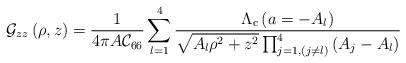
LaTeX: \begin{align*}{\cal G}_{z z}\left(\rho,z\right)={\displaystyle\frac{1}{4\pi A{\cal C}_{66}}\sum_{l=1}^{4}{\frac{\Lambda_{\rm{ c}}\left(a=-A_l\right)}{\sqrt{A_l\rho^2+z^2}\prod_{j=1,(j\neq l)}^{4}{\left(A_j-A_l\right)}}}}\end{align*}